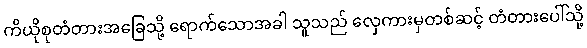
ကိယိုစုတံတားအခြေသို့ ရောက်သောအခါ သူသည် လှေကားမှတစ်ဆင့် တံတားပေါ်သို့